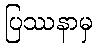
ပြဿနာမှ